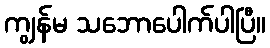
ကျွန်မ သဘောပေါက်ပါပြီ။